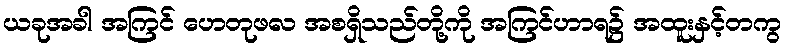
ယခုအခါ အကြင် ဟေတုဖလ အစရှိသည်တို့ကို အကြင်ဟာရ၌ အထူးနှင့်တကွ